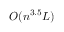
O ( n ^ { 3 . 5 } L )